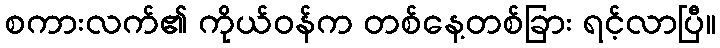
စကားလက်၏ ကိုယ်ဝန်က တစ်နေ့တစ်ခြား ရင့်လာပြီ။